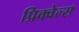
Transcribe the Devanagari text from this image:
प्रिक्वेल्स